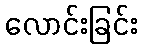
လောင်းခြင်း